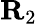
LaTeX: {\mathbf R}_{2}